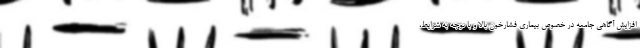
افزایش آگاهی جامعه در خصوص بیماری فشارخون بالا و با توجه به شرایط،